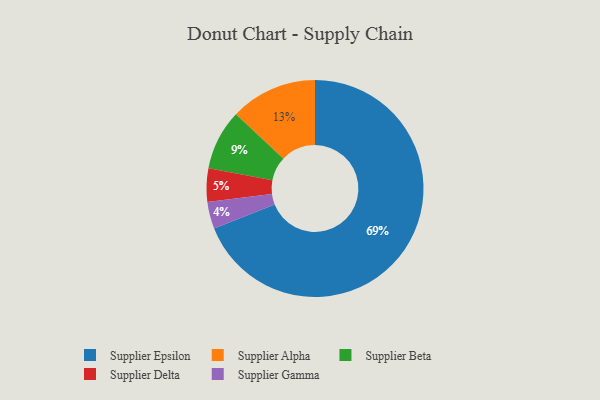
{"axis": {"x": "Category", "y": "Percentage"}, "legend": ["Supplier Alpha", "Supplier Beta", "Supplier Delta", "Supplier Epsilon", "Supplier Gamma"], "data": [{"x": "Supplier Gamma", "y": 4, "type": "Supplier Gamma"}, {"x": "Supplier Delta", "y": 5, "type": "Supplier Delta"}, {"x": "Supplier Beta", "y": 9, "type": "Supplier Beta"}, {"x": "Supplier Epsilon", "y": 69, "type": "Supplier Epsilon"}, {"x": "Supplier Alpha", "y": 13, "type": "Supplier Alpha"}]}